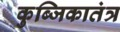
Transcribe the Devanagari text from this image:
कुब्जिकातंत्र